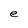
Character: e